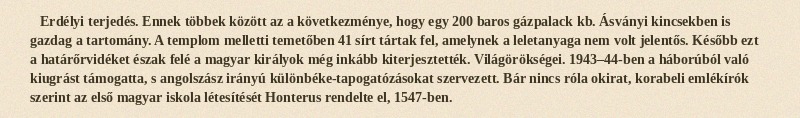
Erdélyi terjedés. Ennek többek között az a következménye, hogy egy 200 baros gázpalack kb. Ásványi kincsekben is gazdag a tartomány. A templom melletti temetőben 41 sírt tártak fel, amelynek a leletanyaga nem volt jelentős. Később ezt a határőrvidéket észak felé a magyar királyok még inkább kiterjesztették. Világörökségei. 1943–44-ben a háborúból való kiugrást támogatta, s angolszász irányú különbéke-tapogatózásokat szervezett. Bár nincs róla okirat, korabeli emlékírók szerint az első magyar iskola létesítését Honterus rendelte el, 1547-ben.